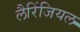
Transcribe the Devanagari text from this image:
लैरिंजियल